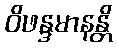
ဝိဖန္ဒမာနန္တိ